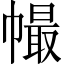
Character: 𢄸